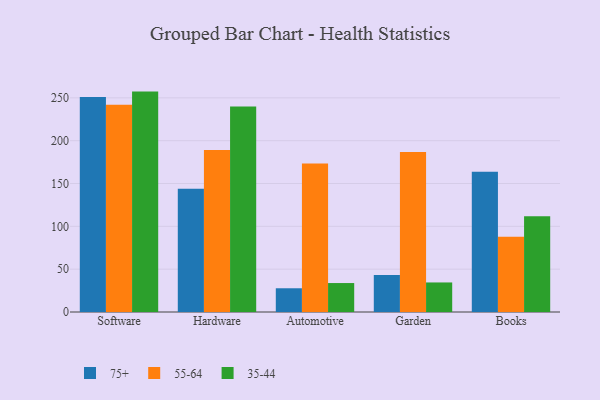
{"axis": {"x": "Category", "y": "Production Output"}, "legend": ["35-44", "55-64", "75+"], "data": [{"x": "Software", "y": 250.9, "type": "75+"}, {"x": "Software", "y": 241.9, "type": "55-64"}, {"x": "Software", "y": 257.3, "type": "35-44"}, {"x": "Hardware", "y": 144.0, "type": "75+"}, {"x": "Hardware", "y": 189.2, "type": "55-64"}, {"x": "Hardware", "y": 240.0, "type": "35-44"}, {"x": "Automotive", "y": 27.7, "type": "75+"}, {"x": "Automotive", "y": 173.3, "type": "55-64"}, {"x": "Automotive", "y": 33.8, "type": "35-44"}, {"x": "Garden", "y": 43.2, "type": "75+"}, {"x": "Garden", "y": 186.9, "type": "55-64"}, {"x": "Garden", "y": 34.5, "type": "35-44"}, {"x": "Books", "y": 163.8, "type": "75+"}, {"x": "Books", "y": 87.9, "type": "55-64"}, {"x": "Books", "y": 111.7, "type": "35-44"}]}